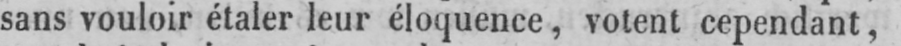
sans vouloir étaler leur éloquence, votent cependant,